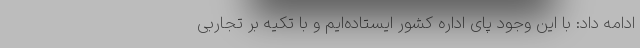
ادامه داد: با این وجود پای اداره کشور ایستاده‌ایم و با تکیه بر تجاربی